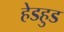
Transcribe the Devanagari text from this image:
हेडहुड